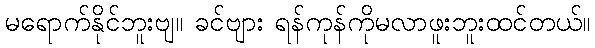
မရောက်နိုင်ဘူးဗျ။ ခင်ဗျား ရန်ကုန်ကိုမလာဖူးဘူးထင်တယ်။